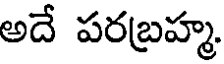
అదే పరబ్రహ్మ.